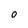
Character: 0